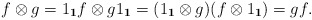
\begin{gather*}f\otimes g = 1_\mathbf{1} f \otimes g 1_\mathbf{1} = (1_\mathbf{1} \otimes g)(f\otimes 1_\mathbf{1})= gf.\end{gather*}